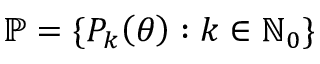
\mathbb { P } = \{ P _ { k } \mathopen { } \mathclose \bgroup \left( \theta \aftergroup \egroup \right) : k \in \mathbb { N } _ { 0 } \}